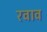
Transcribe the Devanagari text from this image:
रवाव